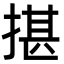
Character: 揕